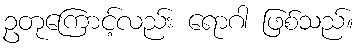
ဥတုကြောင့်လည်း ရောဂါ ဖြစ်သည်။